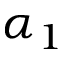
\alpha _ { 1 }